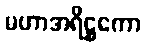
မဟာအရိဋ္ဌကော